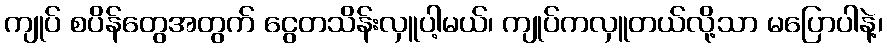
ကျုပ် စပိန်တွေအတွက် ငွေတသိန်းလှူပါ့မယ်၊ ကျုပ်ကလှူတယ်လို့သာ မပြောပါနဲ့၊